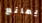
يمانع